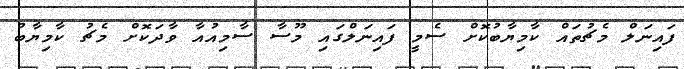
ފައިނަލް މެޗުތައް ކާމިޔާބުކޮށް ސެމީ ފައިނަލްގައި މޫސާ ސާމިއުއާ ވާދަކޮށް މެޗު ކާމިޔާބު